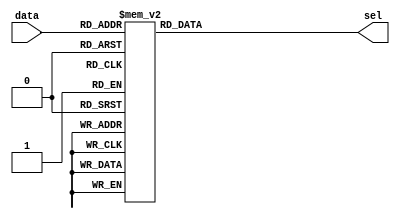
`define BOOTH_m2A 3'd1
`define BOOTH_mA 3'd2
`define BOOTH_0 3'd3
`define BOOTH_pA 3'd4
`define BOOTH_p2A 3'd5

module BoothEncoder(sel, data);
	input [2:0] data; // 3  
	output [2:0] sel; // Booth Encoding 
	reg [2:0] sel;
	
	//   3  Booth Encoding  
	always @(data) begin
		case(data)
			3'b000 : begin sel = `BOOTH_0; end // 00
			3'b010 : begin sel = `BOOTH_pA; end //01
			3'b100 : begin sel = `BOOTH_m2A; end // -10
			3'b110 : begin sel = `BOOTH_mA; end // 0-1
			3'b001 : begin sel = `BOOTH_pA; end // 0 1
			3'b011 : begin sel = `BOOTH_p2A; end // 10
			3'b101 : begin sel = `BOOTH_mA; end // 0-1
			3'b111 : begin sel = `BOOTH_0; end // 00
		endcase
	end
endmodule